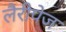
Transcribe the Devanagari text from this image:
लैरीपेज